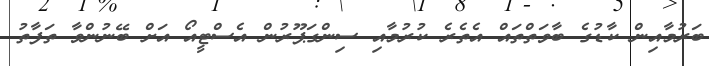
ބަރުމާއިން ކާޑުގެ ބާވަތްތައް އެތެރެ ކުރުމާއި ސިންގަޕޫރުން އެސްޓީއޯ އަށް ބޭނުންވާ ތަފާތު